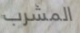
المشرب